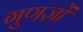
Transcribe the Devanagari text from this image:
गुणज्ञों